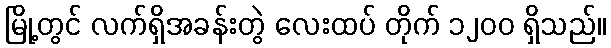
မြို့တွင် လက်ရှိအခန်းတွဲ လေးထပ် တိုက် ၁၂၀၀ ရှိသည်။